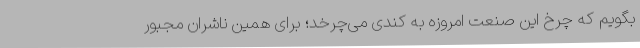
بگویم که چرخ این صنعت امروزه به کندی می‌چرخد؛ برای همین ناشران مجبور